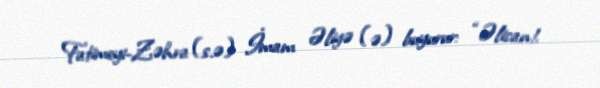
Fatimeyi-Zəhra (s.ə) İmam Əliyə (ə) buyurur: “Əlican!.